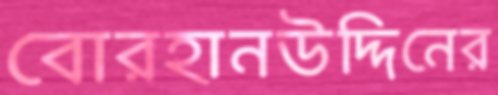
বোরহানউদ্দিনের